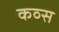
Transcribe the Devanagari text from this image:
कव्स